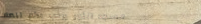
مسجد النور يرحب بكم للصلا